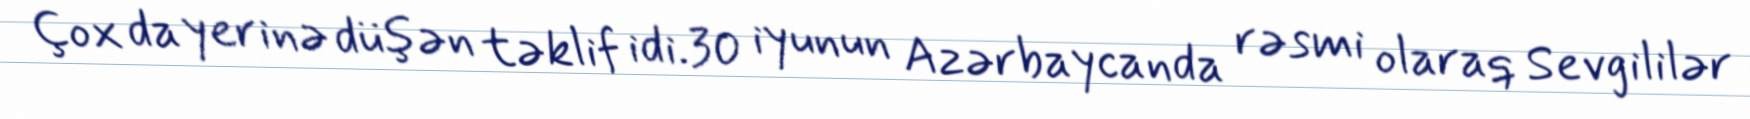
Çox da yerinə düşən təklif idi.30 iyunun Azərbaycanda rəsmi olaraq Sevgililər